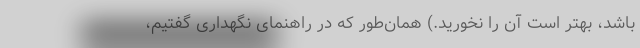
باشد، بهتر است آن را نخورید.) همان‌طور که در راهنمای نگهداری گفتیم،